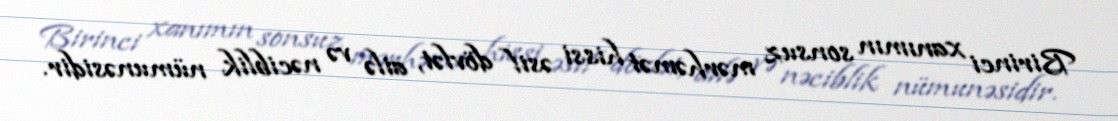
Birinci xanımın sonsuz mərhəmət hissi əsil dövlət, ailə və nəciblik nümunəsidir.